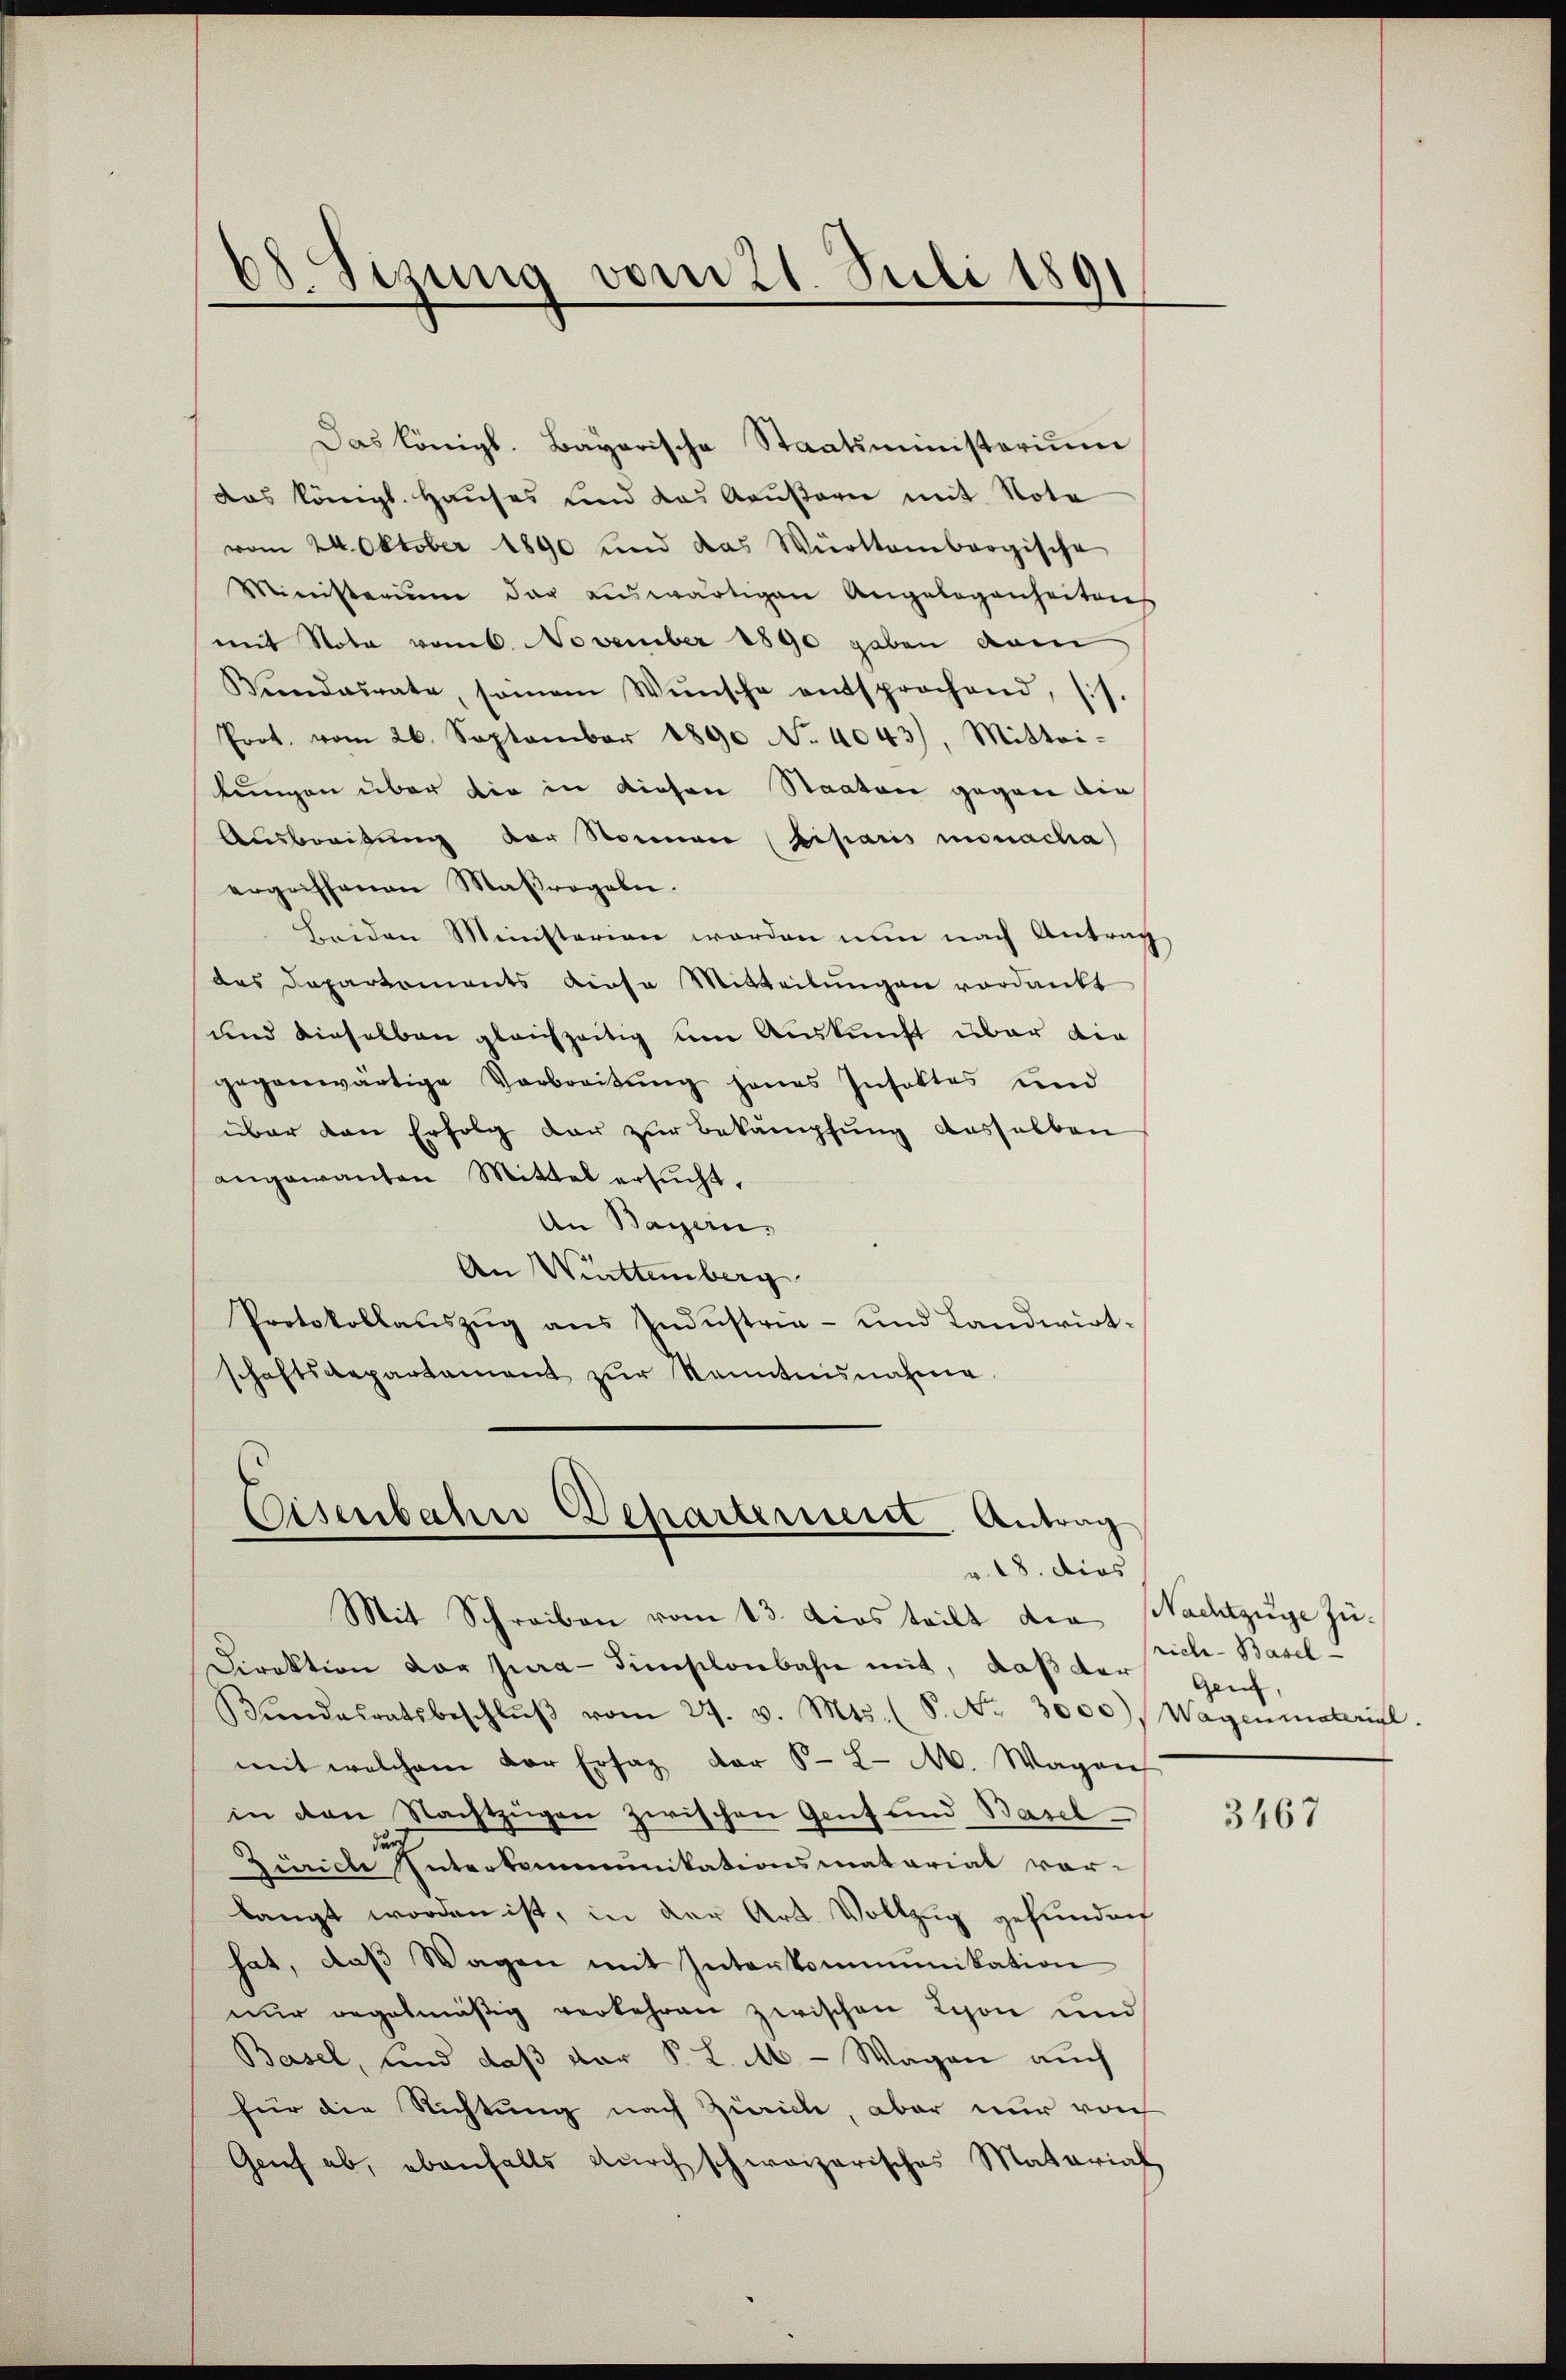
08. Sizung vom 21. Juli 1891

Eisenbahn Departement Antrag
v. 18. dies
Mit Schreiben vom 13. Dios teilt die Nachtzuge zu¬

Das Königl. Bayerische Staatsministerium
das Königl. Hauses und das Aeußern mit Nota
vom 24. Oktober 1890 und das Württembergische
Ministerium dar auswärtigen Angelegenheitens
mit Nota vom 6. November 1890 gaben dem
Vendairate, seinem Wünsche entsprochend, (s.
Prot. vom 26. September 1890 No. 4043), Mittei-
lungen über die in diesen Staaten gegen die
Ausbreitung der Steinen (bisaris nacha
ergriffenen Maβrogalie
beiden Ministerien werden nun nach Antrag
das Departements diese Mitteilŭngen verdankt
und dieselben gleichzeitig um Auskunft über die
gegenwärtige Verbreitŭng jenes Insaktes und
über den Erfolg dar zur Bekämpfung dasselben
angewanten Mittel ersŭcht.
An Bayern,
An Württemberg
Protokollaŭszŭg ans Industria- und Landwirt-
schaftsdepartament zŭr Kenntnisnahme

Direktion vor jura dimplonbahn mit, daß da sich-Basel-
Bŭndesratsbeschlŭβ vom 27. v. Mts. ( P. Nr. 3000), Wagenmaterial.
mit welchem der Ersatz der §. 2. M. Wagen
in den Nachtzügen zwischen Genf und Basel-
Zürich Interkommunikationsmatarial vorlangt worden ist, in der Art. Vollzug gefunden
hat, daβ Wagen mit Interkommunikation
nur regelmäßig verkehren zwischen Lyon und
Basel, und daß der P. L. M. - Wagen auch
für die Richtung nach Zürich, aber nur noch
Geief ab, ebenfalls durch schweizerisches Material

Genf,

3467